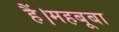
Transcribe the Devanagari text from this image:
हैं।महबूबा